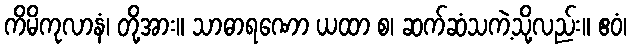
ကိမိကုလာနံ၊ တို့အား။ သာဓာရဏော ယထာ စ၊ ဆက်ဆံသကဲ့သို့လည်း။ ဧဝံ၊